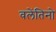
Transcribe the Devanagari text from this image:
वलेंतिनो